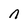
Character: n